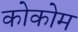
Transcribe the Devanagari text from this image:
कोकोम